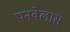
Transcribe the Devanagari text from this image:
पनवेलास